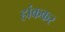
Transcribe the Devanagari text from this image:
हांककर